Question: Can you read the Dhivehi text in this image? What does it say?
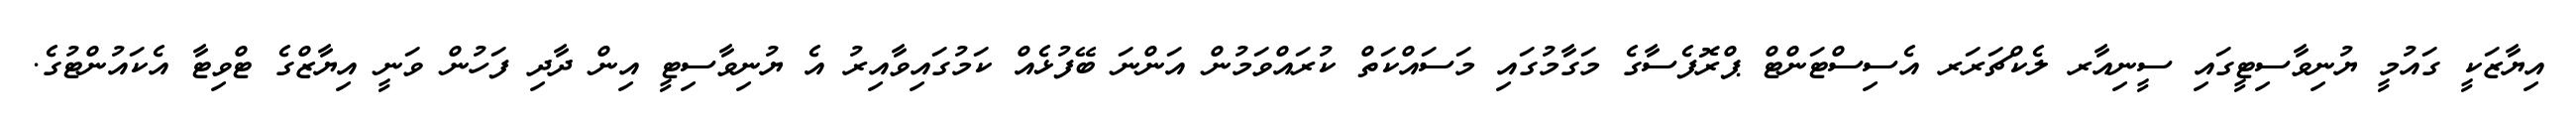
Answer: އިޔާޒަކީ ގައުމީ ޔުނިވާސިޓީގައި ސީނިއާރ ލެކްޗަރަރ އެސިސްޓަންޓް ޕްރޮފެސާގެ މަގާމުގައި މަސައްކަތް ކުރައްވަމުން އަންނަ ބޭފުޅެއް ކަމުގައިވާއިރު އެ ޔުނިވާސިޓީ އިން ދާދި ފަހުން ވަނީ އިޔާޒްގެ ޓްވިޓާ އެކައުންޓުގެ.